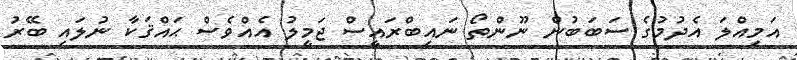
އަމިއްލަ އެދުމުގެ ސަބަބުން ނޫންތޯ ނައިބްރައީސް ޖަމީލު އެއްވެސް ޙައްޤަކާ ނުލައި ބޭރު